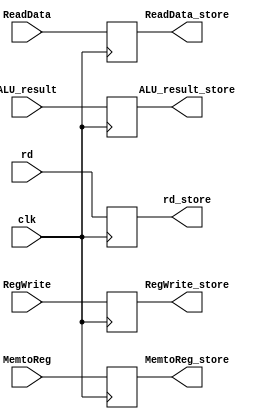
module MEM_WB_2
(
    input clk,
    input RegWrite, MemtoReg,
    input [63:0] ReadData, ALU_result,
    input [4:0] rd,

    output reg RegWrite_store, MemtoReg_store,
    output reg [63:0] ReadData_store, ALU_result_store,
    output reg [4:0] rd_store

);

always @(negedge clk) begin

    RegWrite_store = RegWrite;
    MemtoReg_store = MemtoReg;
    ReadData_store = ReadData;
    ALU_result_store = ALU_result;
    rd_store = rd;
end

endmodule // MEM_WB